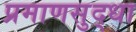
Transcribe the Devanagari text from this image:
प्रमाणसुद्धा